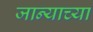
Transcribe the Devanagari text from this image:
जान्याच्या